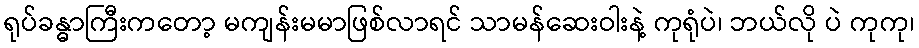
ရုပ်ခန္ဓာကြီးကတော့ မကျန်းမမာဖြစ်လာရင် သာမန်ဆေးဝါးနဲ့ ကုရုံပဲ၊ ဘယ်လို ပဲ ကုကု၊